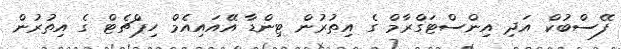
ފޭސްބުކް އަދި އިންސްޓަގްރާމް ގެ އިތުރުން ޓިންޑާ އޭއައިއެމް ހިޕްޗެޓް ގެ އިތުުރުން